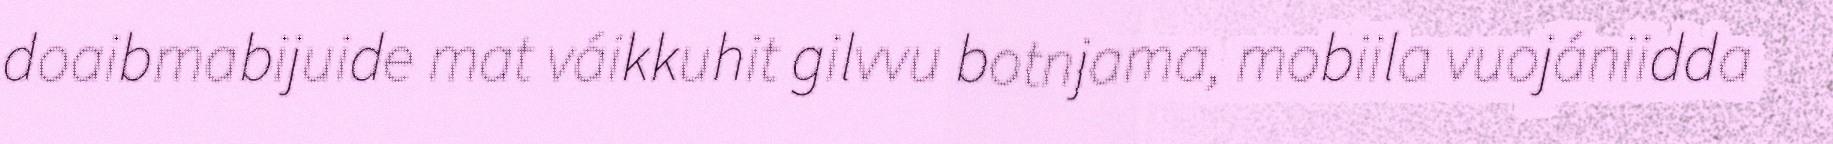
doaibmabijuide mat váikkuhit gilvvu botnjama, mobiila vuojániidda